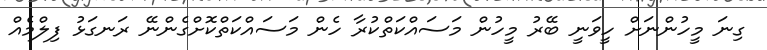
ގިނަ މީހުންނަށް ހީވަނީ ބޭރު މީހުން މަސައްކަތްކުރާ ހެން މަސައްކަތްކޮށްގެންނޭ ރަނގަޅު ފިލްމެއް